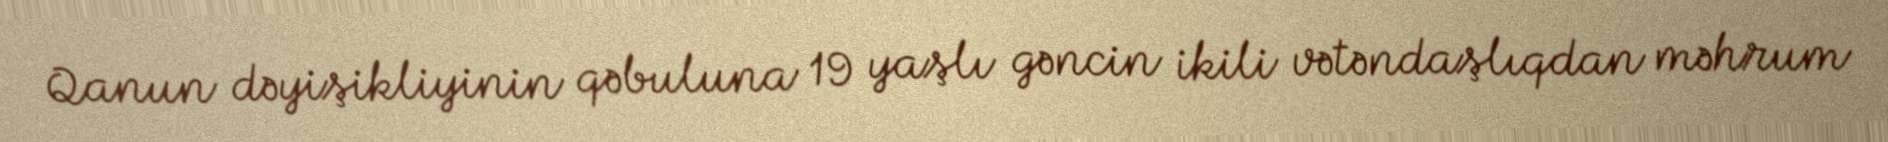
Qanun dəyişikliyinin qəbuluna 19 yaşlı gəncin ikili vətəndaşlıqdan məhrum